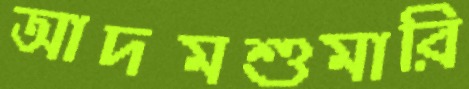
আদমশুমারি